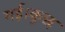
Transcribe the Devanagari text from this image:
गई।कुछ